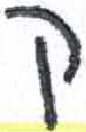
אות: ק